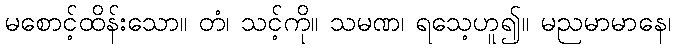
မစောင့်ထိန်းသော။ တံ၊ သင့်ကို။ သမဏ၊ ရသေ့ဟူ၍။ မညမာမာနေ၊